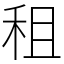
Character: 租